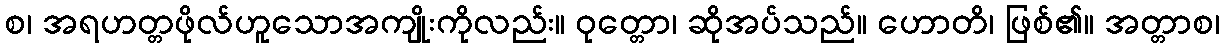
စ၊ အရဟတ္တဖိုလ်ဟူသောအကျိုးကိုလည်း။ ဝုတ္တော၊ ဆိုအပ်သည်။ ဟောတိ၊ ဖြစ်၏။ အတ္တာစ၊